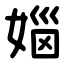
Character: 㛴